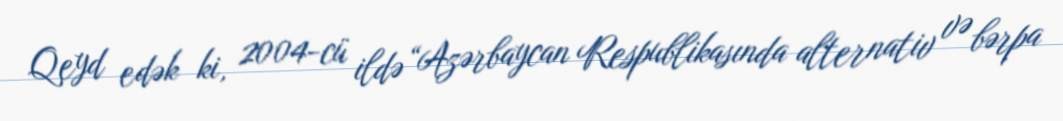
Qeyd edək ki, 2004-cü ildə “Azərbaycan Respublikasında alternativ və bərpa